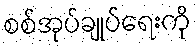
စစ်အုပ်ချုပ်ရေးကို